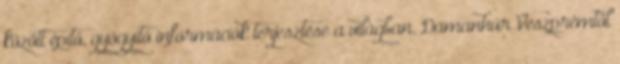
között építő, gyógyító információk terjesztése a világban. Damanhúr Veszprémtől